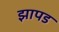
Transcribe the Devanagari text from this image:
झापड